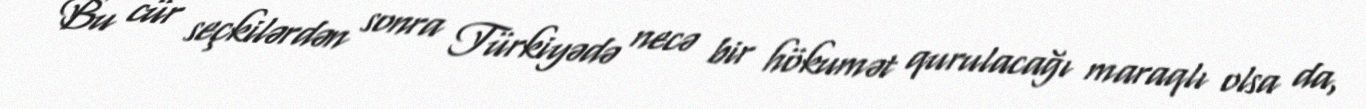
Bu cür seçkilərdən sonra Türkiyədə necə bir hökumət qurulacağı maraqlı olsa da,